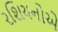
રશિયનોએ